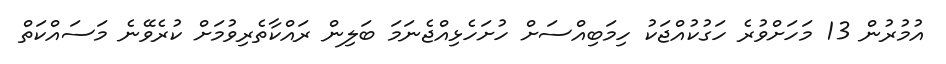
އުމުރުން 13 މަހަށްވުރެ ހަގުކުއްޖަކު ހިމަބިއްސަށް ހުށަހެޅިއްޖެނަމަ ބަލިން ރައްކާތެރިވުމަށް ކުރެވޭނެ މަސައްކަތް